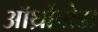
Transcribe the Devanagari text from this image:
ऑर्थ्रोपोडा